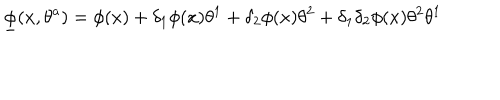
LaTeX: { \underline { { \phi } } } ( x , \theta ^ { a } ) = \phi ( x ) + \delta _ { 1 } \phi ( x ) \theta ^ { 1 } + \delta _ { 2 } \phi ( x ) \theta ^ { 2 } + \delta _ { 1 } \delta _ { 2 } \phi ( x ) \theta ^ { 2 } \theta ^ { 1 }